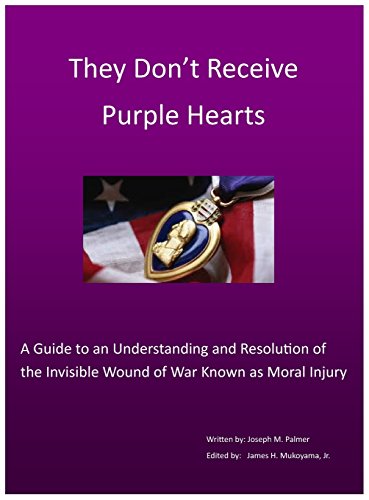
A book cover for They Don't Receive Purple Hearts: A Guide to an Understanding and Resolution of the Invisible Wound of War Known as Moral Injury; Joseph M Palmer; Parenting & Relationships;